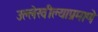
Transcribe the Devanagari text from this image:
उल्लेखील्याप्रमाणे